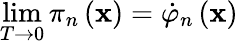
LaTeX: \operatorname*{lim}_{T\rightarrow 0}\pi_{n}\left(\mathbf{x}\right)=\dot{\varphi}_{n}\left(\mathbf{x}\right)